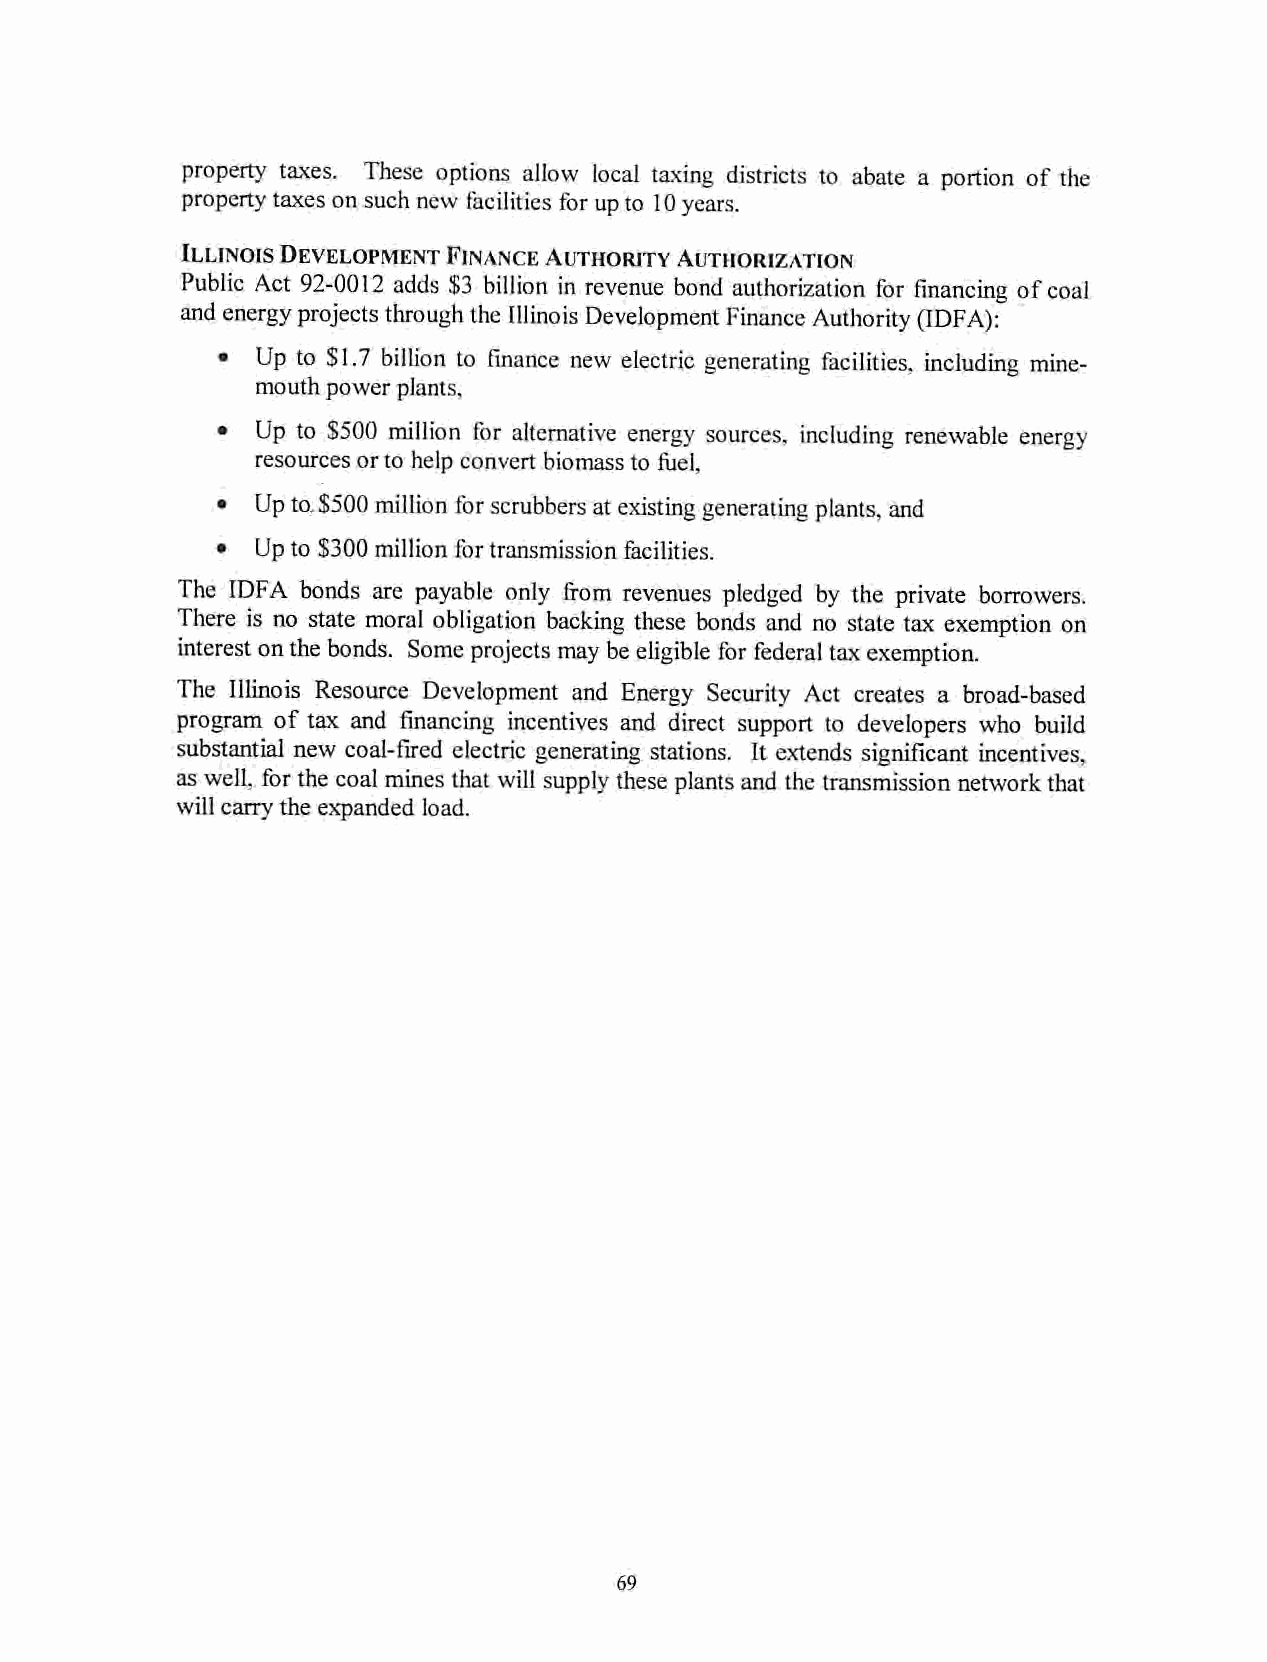
property taxes. These options allow local taxing districts to abate a portion of the
 propertytaxesonsuchnewfacilities forupto 10years.
 Illinois Development Finance Authority Authorization
 Public Act 92-0012 adds $3 billion in revenue bond authorization for financing ofcoal
 and energyprojects through the Illinois Development Finance Authority (IDFA):
 •  Up to $1.7 billion to finance new electric generating facilities, including mine-
 mouth power plants,
 •  Up to $500 million for alternative energy sources, including renewable energy-
 resources or to help convert biomass to fuel,
 •  Upto,$500 million for scrubbers atexisting generating plants, and
 •  Up to $300 million for transmission facilities.
 The IDFA bonds are payable only from revenues pledged by the private borrowers.
 There is no state moral obligation backing these bonds and no state tax exemption on
 interest onthe bonds. Some projects may be eligible for federal tax exemption.
 The Illinois Resource Development and Energy Security Act creates a broad-based
 program of tax and financing incentives and direct support to developers who build
 substantial new coal-fired electric generating stations. It extends significant incentives,
 as well, forthe coalminesthatwillsupplytheseplantsand thetransmission networkthat
 will carrythe expanded load.
 69